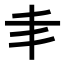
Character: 𠂖